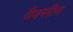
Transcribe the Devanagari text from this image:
वैक्‍सीन